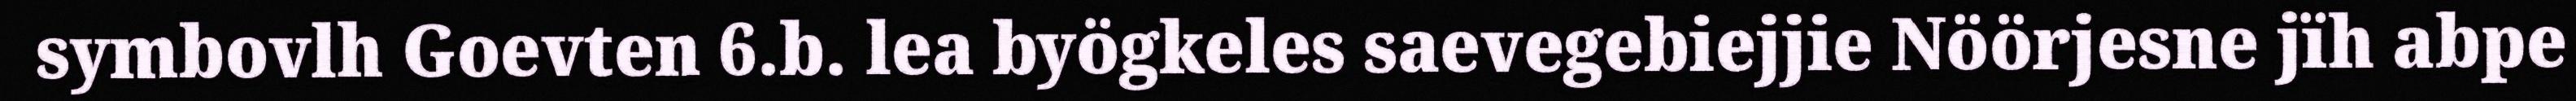
symbovlh Goevten 6.b. lea byögkeles saevegebiejjie Nöörjesne jïh abpe